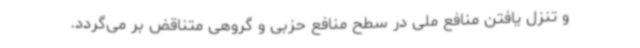
و تنزل یافتن منافع ملی در سطح منافع حزبی و گروهی متناقض بر می‌گردد.